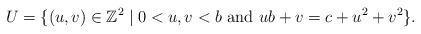
LaTeX: \begin{align*}U = \{(u,v) \in \mathbb{Z}^2 \mid 0 < u,v < b \textnormal{~and~} ub + v = c + u^2 + v^2\}.\end{align*}